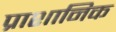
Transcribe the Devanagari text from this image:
प्राशानिक